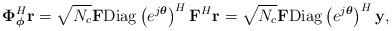
LaTeX: \begin{align*}\boldsymbol{\Phi}_{\boldsymbol{\phi}}^{H}\mathbf{r} = \sqrt{N_c}\mathbf{F}\mathrm{Diag}\left(e^{j\boldsymbol{\theta}}\right)^H\mathbf{F}^H\mathbf{r} = \sqrt{N_c}\mathbf{F}\mathrm{Diag}\left(e^{j\boldsymbol{\theta}}\right)^H\mathbf{y},\end{align*}